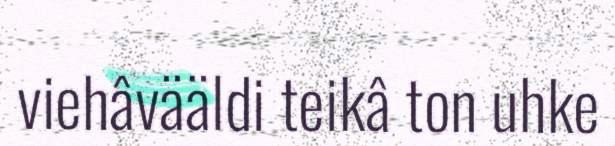
viehâvääldi teikâ ton uhke